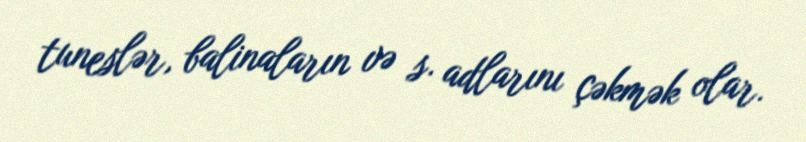
tuneslər, balinaların və s. adlarını çəkmək olar.